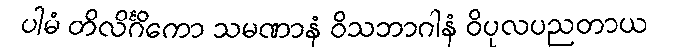
ပါမံ တိလိင်္ဂိကော သမဏာနံ ဝိသဘာဂါနံ ဝိပုလပညတာယ